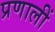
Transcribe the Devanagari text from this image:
प्रणालीं